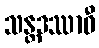
သန္တဒဿာဝီ